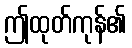
ဤထုတ်ကုန်၏